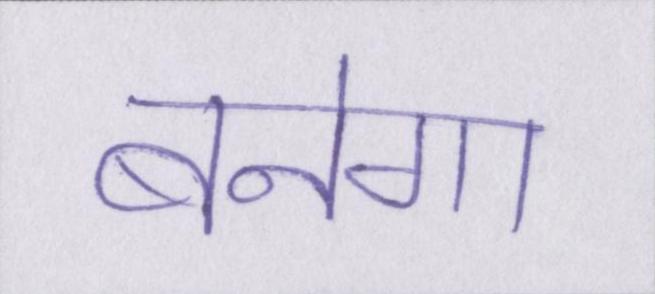
बनेगा